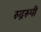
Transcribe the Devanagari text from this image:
रुद्ररूपी